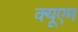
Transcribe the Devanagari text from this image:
क्यूएम